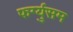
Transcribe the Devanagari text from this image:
फर्ग्युसम